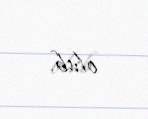
olub.